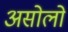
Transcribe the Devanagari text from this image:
असोलो